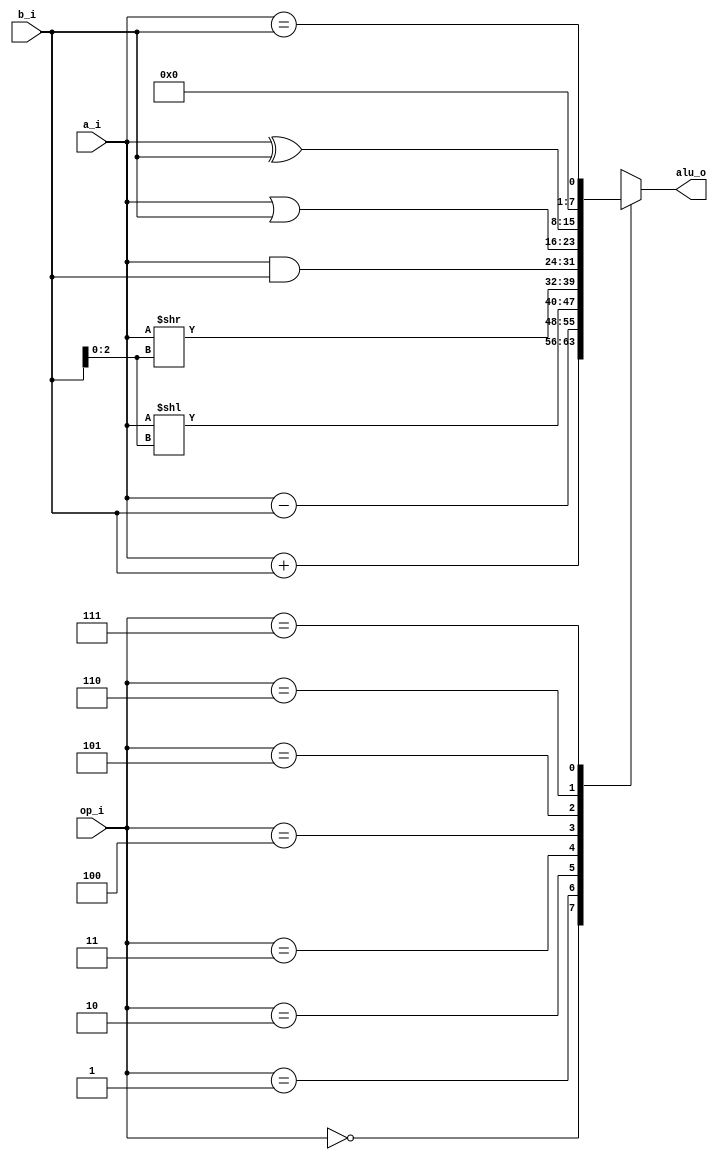
`timescale 1ns / 1ps
//////////////////////////////////////////////////////////////////////////////////
// Company: -
// 
// Design Name: 8 bit ALU
// Module Name: ALU
// Project Name:ALU 
// Target Devices: 
// Tool Versions: 
// Description: 
// 
// Dependencies: 
// 
// Revision:
// Revision 0.01 - File Created
// Additional Comments:
// 
//////////////////////////////////////////////////////////////////////////////////


module ALU(
    input wire [7:0] a_i,
    input wire [7:0] b_i,
    input wire [2:0] op_i,
    output reg [7:0] alu_o
    );
    reg carry;
    
    always @(*) begin
        carry = 0; // Initialize carry to avoid latches
        case(op_i)
            3'b000: {carry, alu_o} = {1'b0, a_i} + {1'b0, b_i};
            3'b001: alu_o = a_i - b_i;
            3'b010: alu_o = a_i << b_i[2:0];
            3'b011: alu_o = a_i >> b_i[2:0];
            3'b100: alu_o = a_i & b_i;
            3'b101: alu_o = a_i | b_i;
            3'b110: alu_o = a_i ^ b_i;
            3'b111: alu_o = {7'b0, a_i == b_i};
            default: alu_o = 8'b0; // Default case to avoid latches
        endcase
    end
endmodule